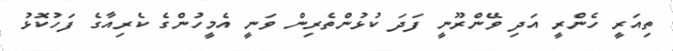
ތިއަރީ ހެންރީ އަދި ވޭންރޫނީ ފަދަ ކުޅުންތެރިން ވަނީ އެމީހުންގެ ކެރިއާގެ ފަހުކޮޅު